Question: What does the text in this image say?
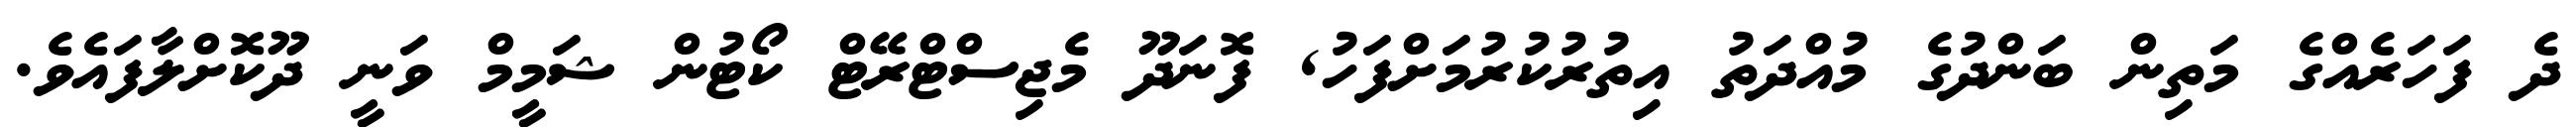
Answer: ދެ ފަހަރެއްގެ މަތިން ބަންދުގެ މުއްދަތު އިތުރުކުރުމަށްފަހު, ފޮނަދޫ މެޖިސްޓްރޭޓް ކޯޓުން ޝަމީމް ވަނީ ދޫކޮށްލާފައެވެ.